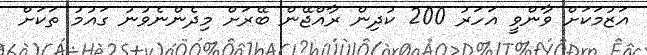
އަޒުމަކަށް ވާންވީ އަހަރު 200 ކުދިން ރާއްޖޭން ބޭރަށް މިދެންނެވުނު ގައުމު ތަކަށް